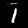
Label: 1